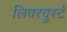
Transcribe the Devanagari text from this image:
लिवरवुर्स्ट